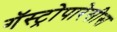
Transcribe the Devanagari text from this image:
गॅस्ट्रोपारेसीस